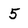
Character: 5